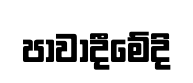
පාවාදීමේදි